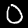
Label: 0